Studies on the mouth parts a Comparative anatomy of the proboscis in the blood-sucking muscidae - Number 60
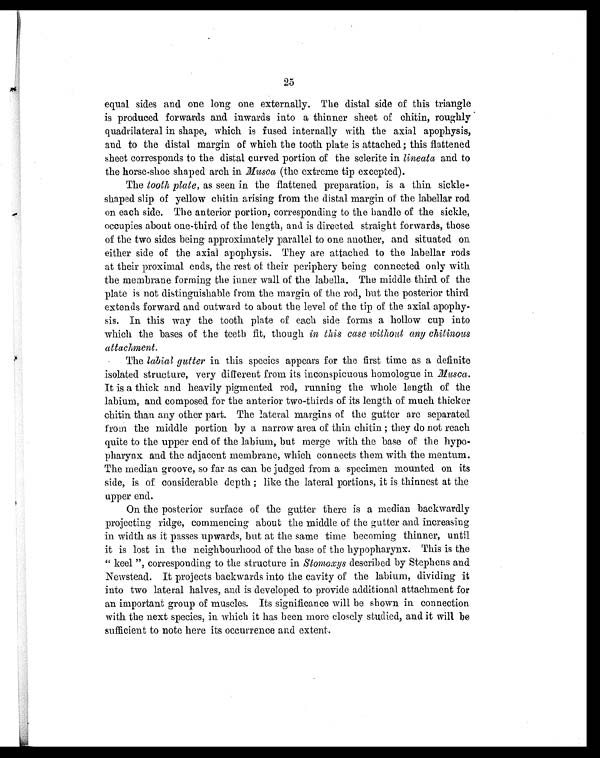
25
equal sides and one long one externally. The distal side of this triangle
is produced forwards and inwards into a thinner sheet of chitin, roughly
quadrilateral in shape, which is fused internally with the axial apophysis,
and to the distal margin of which the tooth plate is attached; this flattened
sheet corresponds to the distal curved portion of the sclerite in lineata and to
the horse-shoe shaped arch in Musca (the extreme tip excepted).
The tooth plate, as seen in the flattened preparation, is a thin sickle-
shaped slip of yellow chitin arising from the distal margin of the labellar rod
on each side. The anterior portion, corresponding to the handle of the sickle,
occupies about one-third of the length, and is directed straight forwards, those
of the two sides being approximately parallel to one another, and situated on
either side of the axial apophysis. They are attached to the labellar rods
at their proximal ends, the rest of their periphery being connected only with
the membrane forming the inner wall of the labella. The middle third of the
plate is not distinguishable from the margin of the rod, but the posterior third
extends forward and outward to about the level of the tip of the axial apophy-
sis. In this way the tooth plate of each side forms a hollow cup into
which the bases of the teeth fit, though in this case without any chitinous
attachment.
The labial gutter in this species appears for the first time as a definite
isolated structure, very different from its inconspicuous homologue in Musca.
It is a thick and heavily pigmented rod, running the whole length of the
labium, and composed for the anterior two-thirds of its length of much thicker
chitin than any other part. The lateral margins of the gutter are separated
from the middle portion by a narrow area of thin chitin ; they do not reach
quite to the upper end of the labium, but merge with the base of the hypo-
pharynx and the adjacent membrane, which connects them with the mentum.
The median groove, so far as can be judged from a specimen mounted on its
side, is of considerable depth; like the lateral portions, it is thinnest at the
upper end.
On the posterior surface of the gutter there is a median backwardly
projecting ridge, commencing about the middle of the gutter and increasing
in width as it passes upwards, but at the same time becoming thinner, until
it is lost in the neighbourhood of the base of the hypopharynx. This is the
"keel ", corresponding to the structure in Stomoxys described by Stephens and
Newstead. It projects backwards into the cavity of the labium, dividing it
into two lateral halves, and is developed to provide additional attachment for
an important group of muscles. Its significance will be shown in connection
with the next species, in which it has been more closely studied, and it will be
sufficient to note here its occurrence and extent.